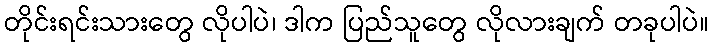
တိုင်းရင်းသားတွေ လိုပါပဲ၊ ဒါက ပြည်သူတွေ လိုလားချက် တခုပါပဲ။